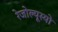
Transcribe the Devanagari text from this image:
रेजोल्यूस्यो